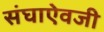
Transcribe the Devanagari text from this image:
संघाऐवजी